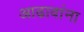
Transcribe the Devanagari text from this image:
आढावांना